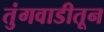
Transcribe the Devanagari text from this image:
तुंगवाडीतून